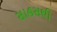
સાહસથી